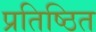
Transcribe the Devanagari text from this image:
प्रतिष्‍ठित